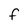
Character: F